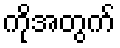
ကိုအတွက်